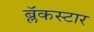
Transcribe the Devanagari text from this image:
ब्लॅकस्टार